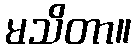
မသိတာ။